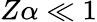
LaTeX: Z\alpha\ll 1